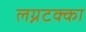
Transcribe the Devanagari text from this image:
लग्नटक्का